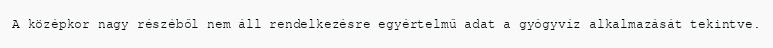
A középkor nagy részéből nem áll rendelkezésre egyértelmű adat a gyógyvíz alkalmazását tekintve.